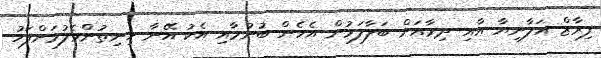
ފިރާޒް އަލާނިޔާ އާއި ދިމާއަށް ބަލާލަމުން އެހެން ބުނުމާއި އެކު އޭނާ ހިނިތުންވެލުމަށްފަހު